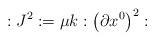
LaTeX: \begin{align*}:J^2:=\mu k:\left( \partial x^0\right) ^2:\end{align*}